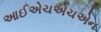
આઈએચએચએન